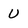
Character: U